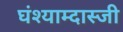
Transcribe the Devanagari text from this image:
घंश्याम्दास्जी